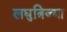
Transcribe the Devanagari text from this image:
लघुत्रिज्या